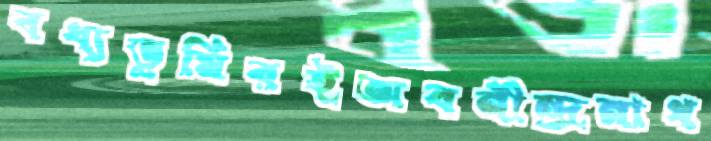
বধ্যভূমিরইঅবনীন্দ্রনাথ